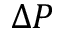
\Delta P